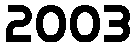
2003